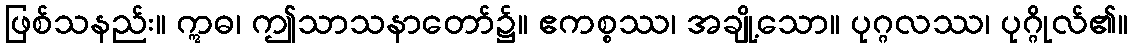
ဖြစ်သနည်း။ ဣဓ၊ ဤသာသနာတော်၌။ ဧကစ္စဿ၊ အချို့သော။ ပုဂ္ဂလဿ၊ ပုဂ္ဂိုလ်၏။